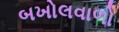
બખોલવાળો